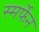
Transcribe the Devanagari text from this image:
स्मर्फेन